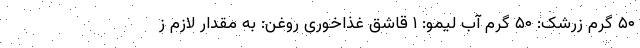
۵۰ گرم زرشک: ۵۰ گرم آب لیمو: ۱ قاشق غذاخوری روغن: به مقدار لازم ز